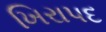
ખિરાપદ